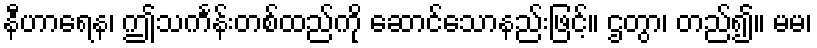
နီဟာရေန၊ ဤသင်္ကန်းတစ်ထည်ကို ဆောင်သောနည်းဖြင့်။ ဌတွာ၊ တည်၍။ မမ၊